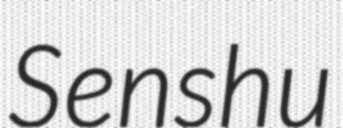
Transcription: Senshu